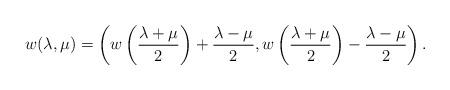
LaTeX: \begin{align*} w(\lambda,\mu) = \left(w\left(\frac{\lambda+\mu}{2}\right)+\frac{\lambda-\mu}{2},w\left(\frac{\lambda+\mu}{2}\right)-\frac{\lambda-\mu}{2}\right).\end{align*}